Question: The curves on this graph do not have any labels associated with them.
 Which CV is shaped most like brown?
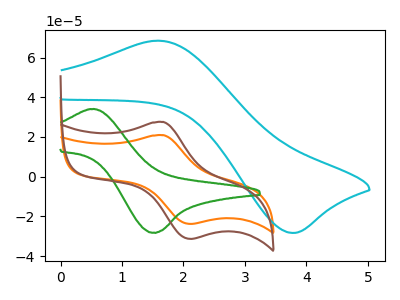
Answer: <think>The orange curve "orange" has an anodic peak at (1.70V, 20.90uA) and a cathodic peak at (2.10V, -23.75uA). The cyan curve "cyan" has an anodic peak at (1.60V, 68.50uA) and a cathodic peak at (3.75V, -28.25uA). The green curve "green" has an anodic peak at (0.55V, 34.05uA) and a cathodic peak at (1.50V, -28.15uA). The brown curve "brown" has an anodic peak at (1.70V, 27.55uA) and a cathodic peak at (2.10V, -31.30uA).
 "orange" and "cyan" have at least one peak that do not match. "orange" and "green" have at least one peak that do not match. All the peaks in "orange" have a peak in "brown" at the same potential. Every peak in "orange" is lower than every peak in "brown". "cyan" and "green" have at least one peak that do not match. "cyan" and "brown" have at least one peak that do not match. "green" and "brown" have at least one peak that do not match.</think>
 <answer>The CV with the most similar shape to "orange" is "brown".</answer>
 <eval>"brown"</eval>